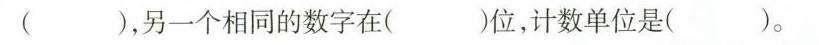
( )，另一个相同的数字在( )位，计数单位是( )。